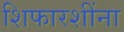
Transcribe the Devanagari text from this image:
शिफारशींना